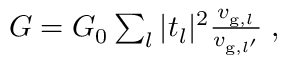
\begin{array} { r } { G = G _ { 0 } \sum _ { l } | t _ { l } | ^ { 2 } \frac { v _ { \mathrm { g } , l } } { v _ { \mathrm { g } , { l ^ { \prime } } } } \; , } \end{array}